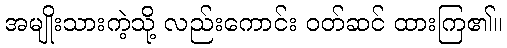
အမျိုးသားကဲ့သို့ လည်းကောင်း ဝတ်ဆင် ထားကြ၏။